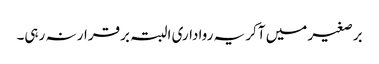
برصغیر میں آکر یہ رواداری البتہ برقرار نہ رہی۔